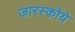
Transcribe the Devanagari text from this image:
जारस्कोये